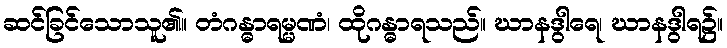
ဆင်ခြင်သောသူ၏။ တံဂန္ဓာရမ္မဏံ၊ ထိုဂန္ဓာရသည်။ ဃာနဒွါရေ၊ ဃာနဒွါရ၌။